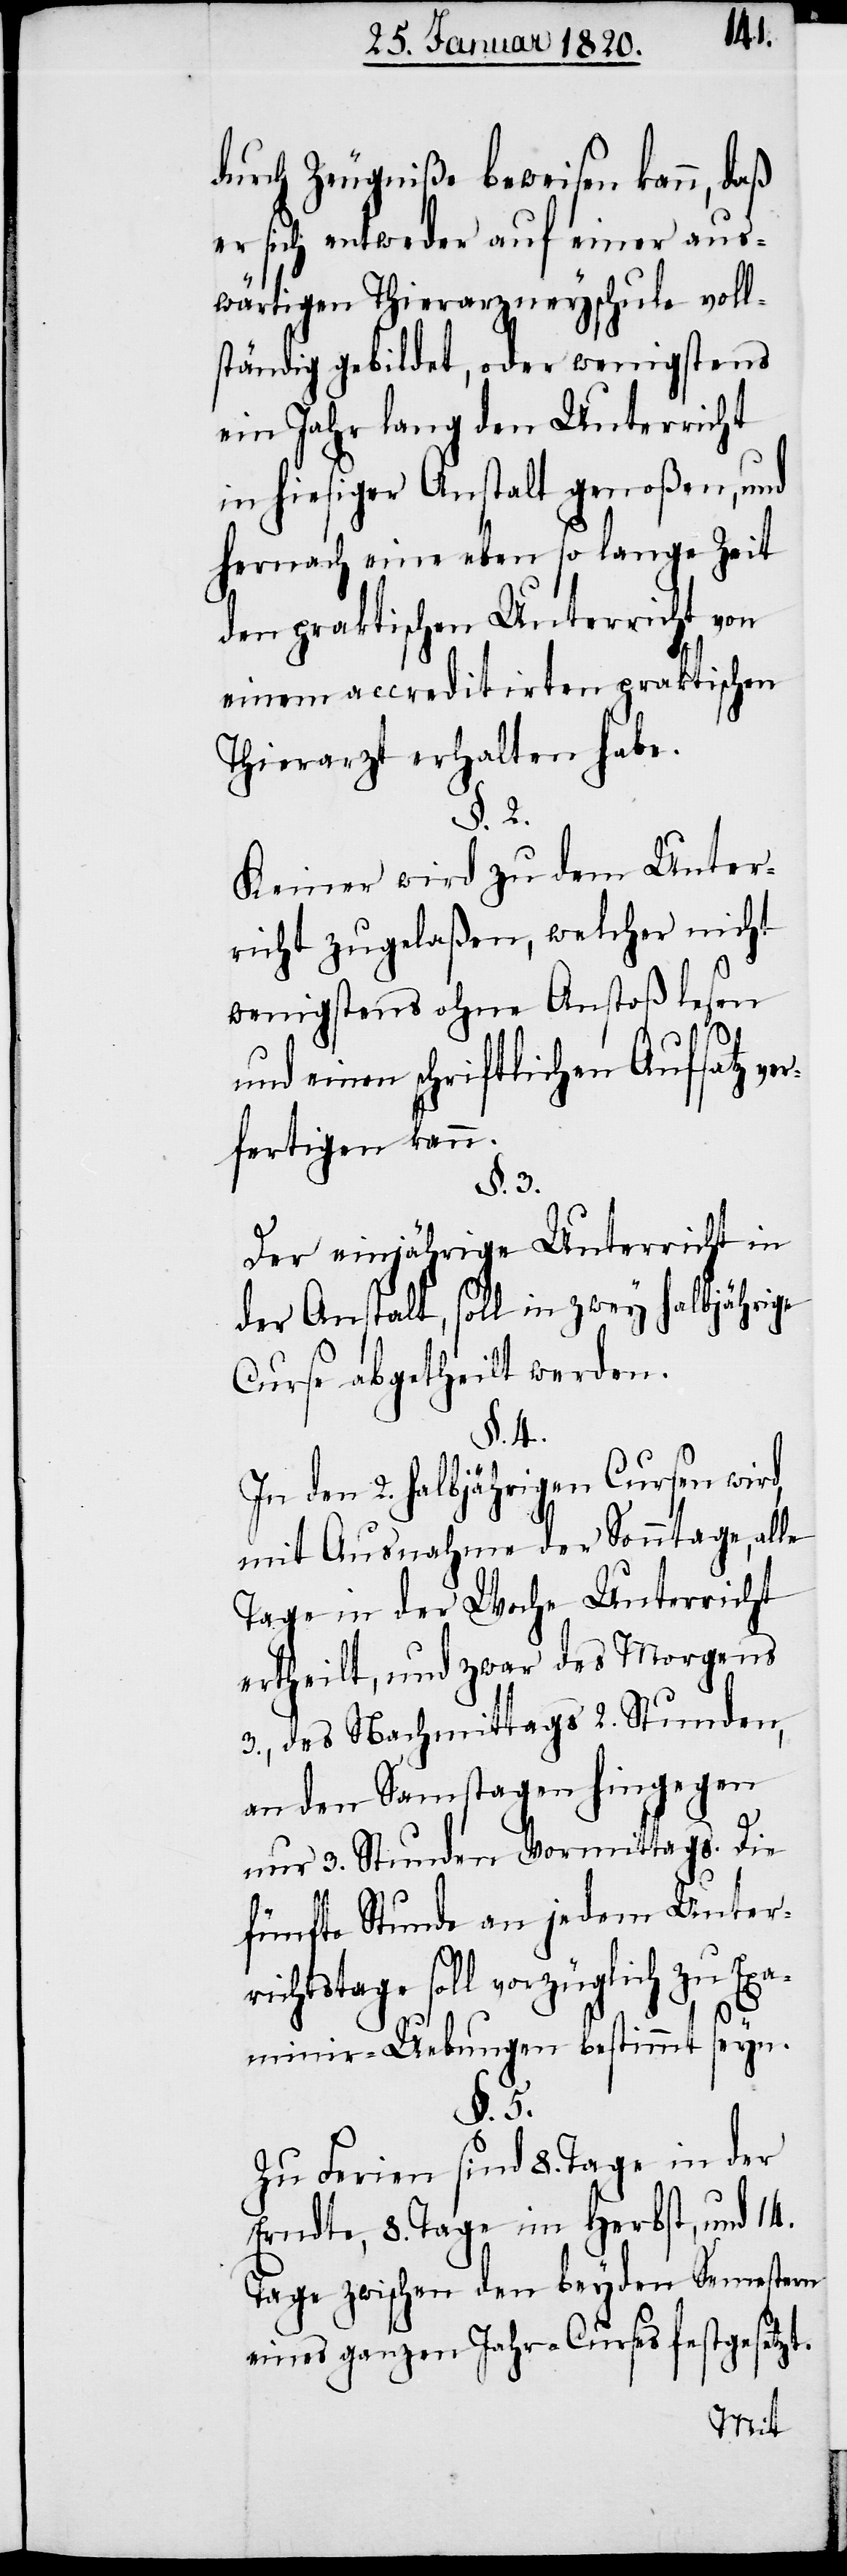
durch Zeugniße beweisen kann, daß
er sich entweder auf einer aus¬
wärtigen Thierarzneyschule voll¬
ständig gebildet, oder wenigstens
ein Jahr lang den Unterricht
in hiesiger Anstalt genoßen, und
hernach eine eben so lange Zeit
den praktischen Unterricht von
einem accreditirten praktischen
Thierarzt erhalten habe.
§. 2.
Keiner wird zu dem Unter¬
richt zugelaßen, welcher nicht
wenigstens ohne Anstoß lesen
und einen schriftlichen Aufsatz ve¬
rfertigen kann.
§. 3.
Der einjährige Unterricht in
der Anstalt, soll in zwey halbjährige
Curse abgetheilt werden.
§. 4.
In den 2. halbjährigen Cursen wird,
mit Ausnahme der Sonntage, alle
Tage in der Woche Unterricht
ertheilt, und zwar des Morgens
3., des Nachmittags 2. Stunden,
an den Samstagen hingegen
nur 3. Stunden Vormittag. Die
fünfte Stunde an jedem Unter¬
richtstage soll vorzüglich zu Exa¬
minir-Uebungen bestimmt seyn.
§. 5.
Zu Ferien sind 8. Tage in der
Erndte, 8. Tage im Herbst, und 14.
Tage zwischen den beyden Semestern
eines ganzen Jahr-Curses festgesetzt.